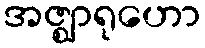
အဇ္ဈာရုဟော